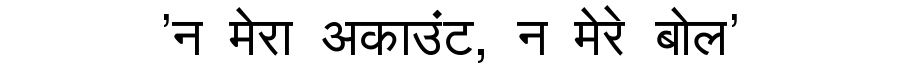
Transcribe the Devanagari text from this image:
'न मेरा अकाउंट, न मेरे बोल'